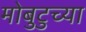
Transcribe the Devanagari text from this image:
मोबुटुच्या